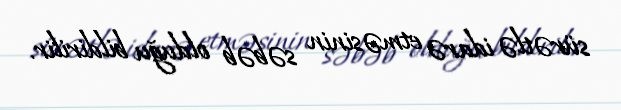
sürətlə idarə etməsinin səbəb olduğu bildirilir.